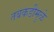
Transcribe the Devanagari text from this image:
तबकडीमुळे